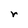
Character: r